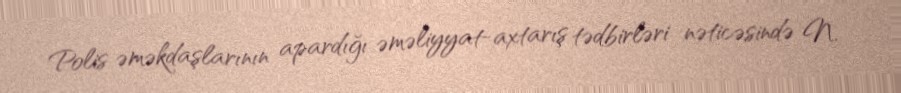
Polis əməkdaşlarının apardığı əməliyyat-axtarış tədbirləri nəticəsində N.